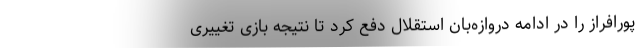
پورافراز را در ادامه دروازه‌بان استقلال دفع کرد تا نتیجه بازی تغییری